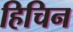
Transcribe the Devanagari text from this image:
हिचिन